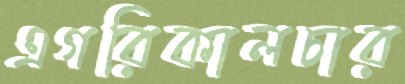
এগরিকালচার